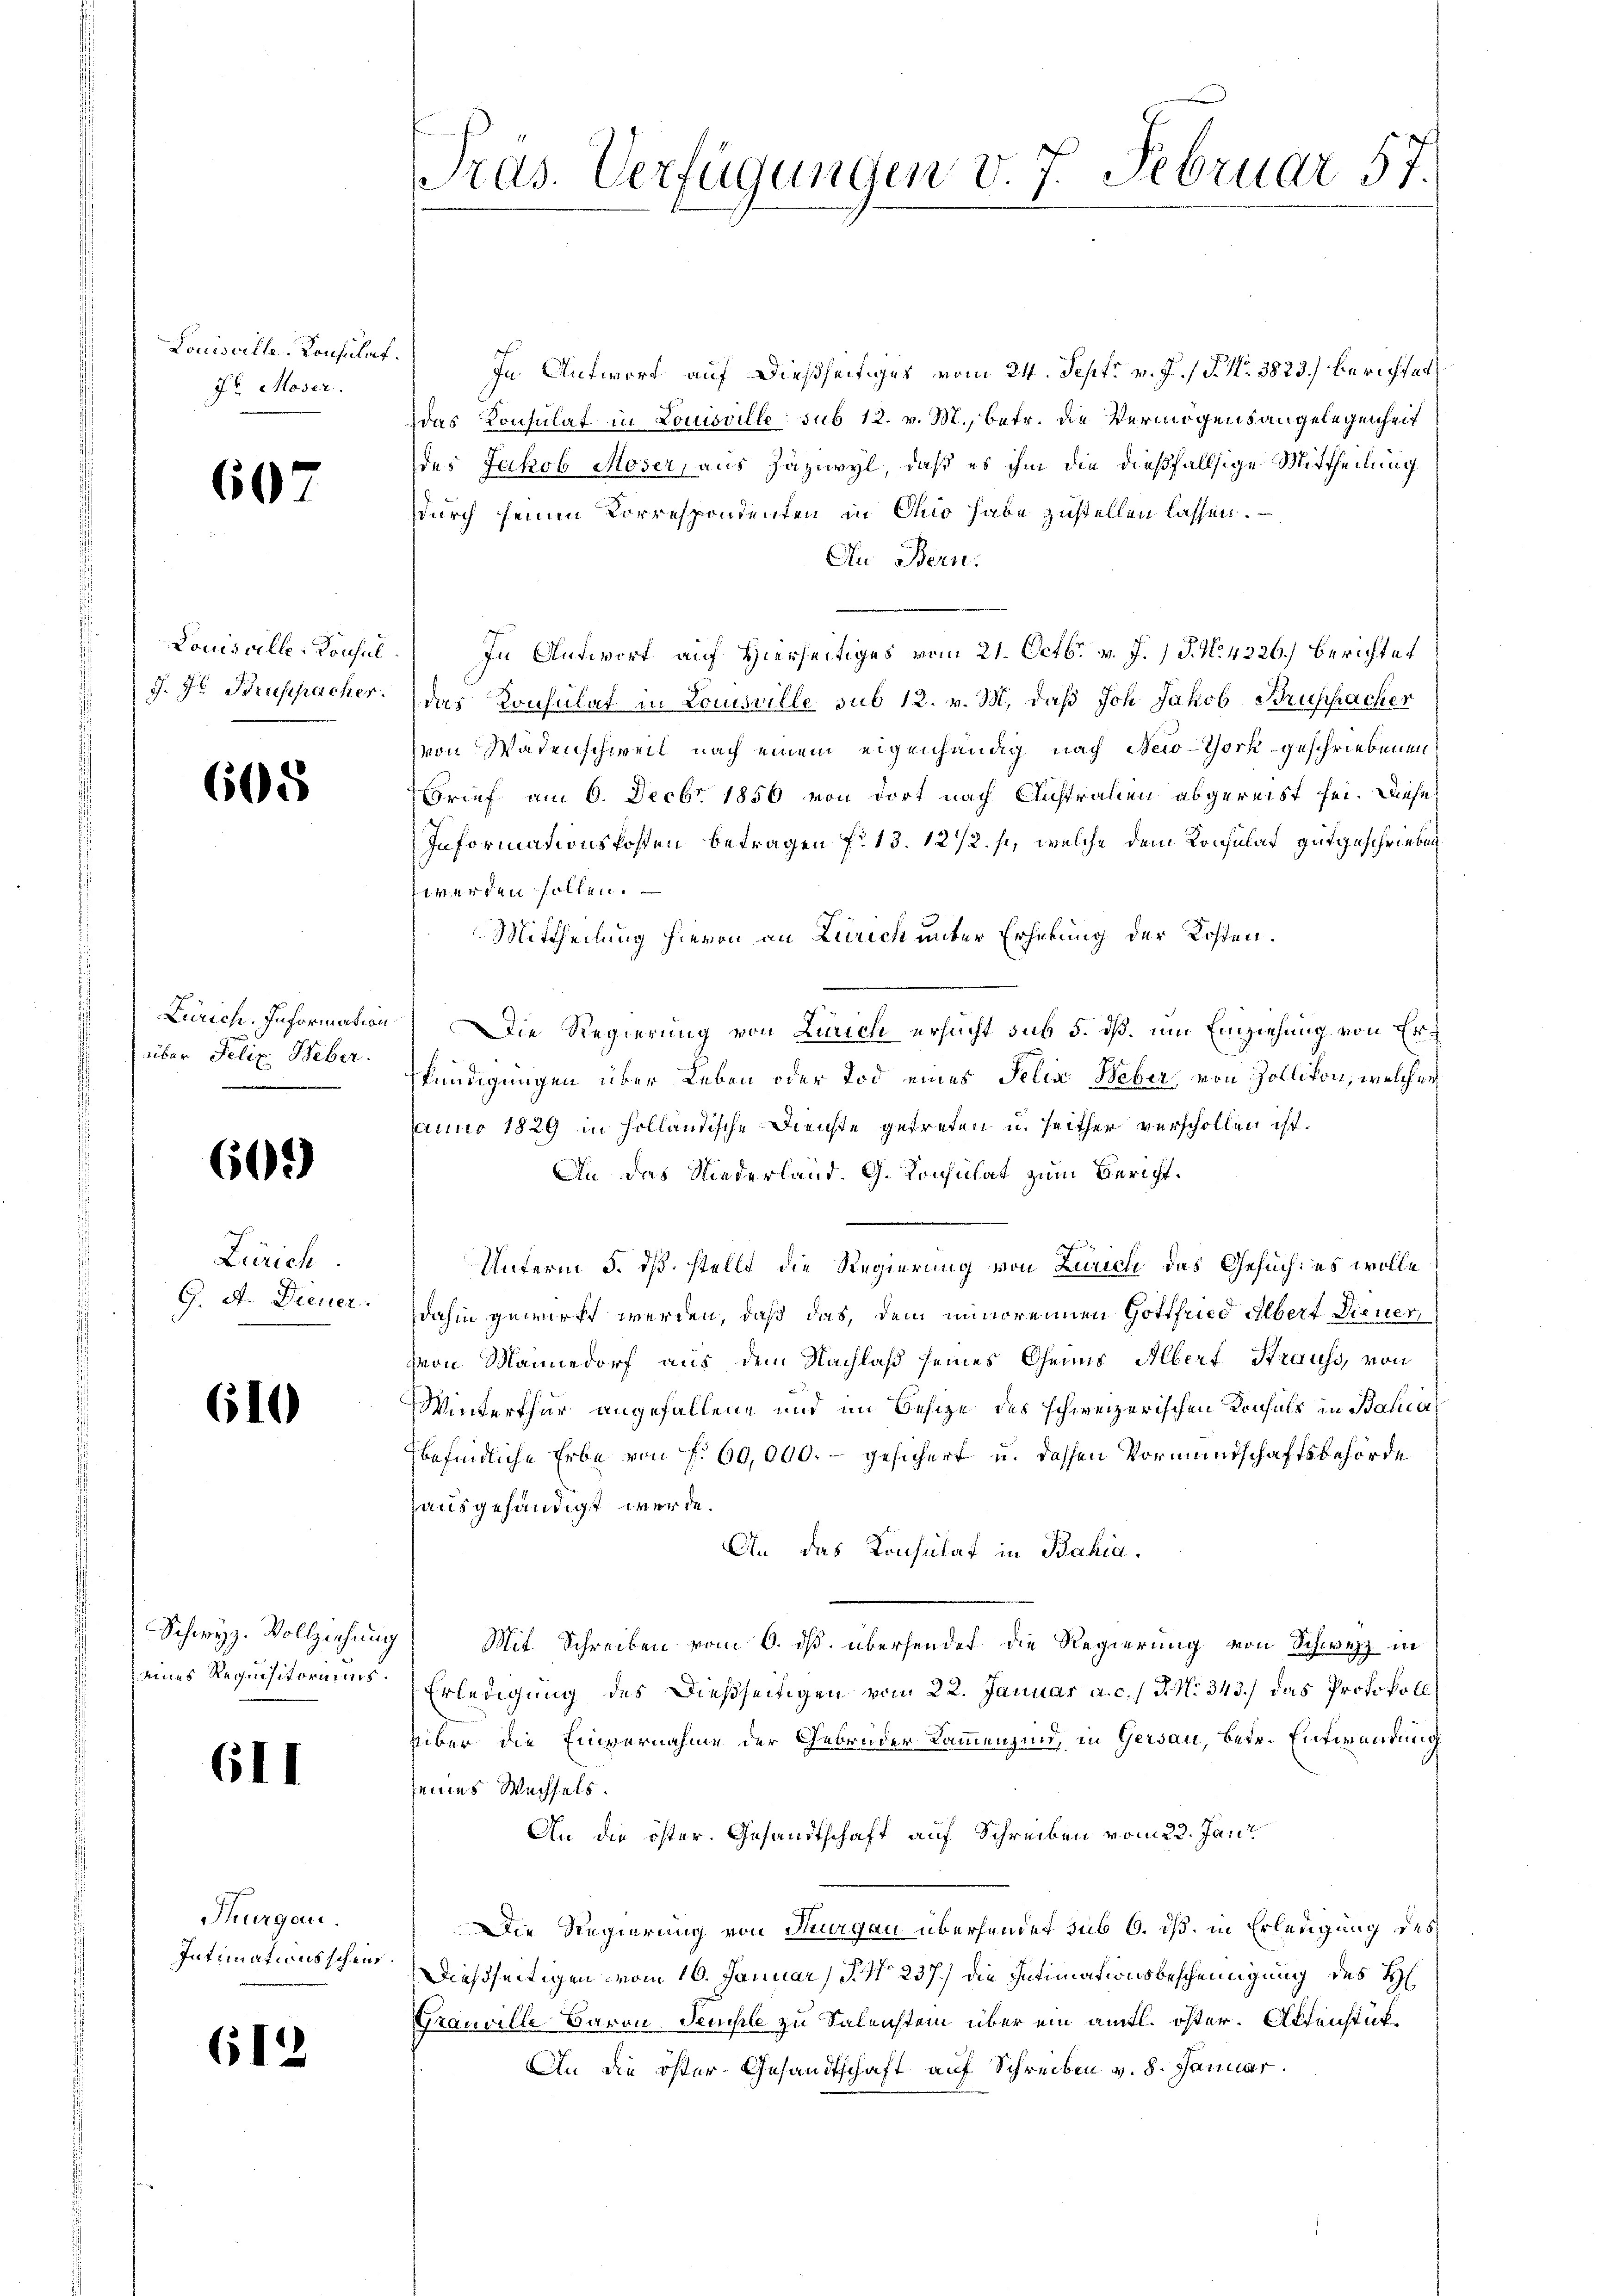
7t Moser.

6

Louisville-Konsul

605

über Felix Weber.

612)

Zürich
G. A. Diener.

610

eines Requisitoriums.

611

Thurgau.
Intimationsscheint.

61

.

Louisville. Konsulat. In Antwort auf dießseitiges vom 24. Sept. v. J. P. Nr. 3823) berichtet
das Konsulat in Louisville sub 12. v. M., betr. die Vermögensangelegenheit
des Jakob Moser, aus Zäziwyl, daß es ihm die dießfallsige Mittheilung
durch seinen Korrespondenten in Chio habe zustellen lassen.
Au Bern.
In Antwort auf Hierseitiges vom 21. Octbr. v. J. P. N. 4226.) Berichtet
J. J. Bruppacher. Das Konsulat in Louisville sub 12. v. M. daß Joh. Jakob Bruppacher
von Wädenschweil nach einem eigenhändig nach New-York geschriebenen
Brief am 6. Decbr. 1856 von dort nach Austrafen abgereist sei. Diese
Informationskosten Betragen No 13. 121/2. si, welche dem Konsulat gutgeschrieben
t werden sollen.
Mittheilung hievon an Zürich unter Erhebung der Kosten.
Zürich. Information) Die Regierung von Zürich ersucht sub 5. dß. um Einziehung von Erkündigungen über Leben oder Tod eines Felix Weber, von Zollikon, welcher
Janno 1829 in hollantische Dienste getreten u. seither verschollen ist.
An das Niederland. G. Konsulat zum Bericht¬
Unterm 5. ds. stellt die Regierung von Zürich das Gesuch: es wolle
dahin gewirkt werden, daß das, dem minorennen Gottfried Albert Diener
Hrn Mannedorf aus dem Nachlaß seines Genus Albert Strauss, von
Winterthur angefallene und im Besige des schweizerischen Konsuls in Bahna
befindliche Erbe von f. 60,000.- gesichert u. dessen Vormundschaftsbehörde
ausgehändigt werde.
An das Konsulat in Bahia
Schwyz. Vollziehung Mit Schreiben vom 6. ds. übersendet die Regierung von Schwyz in
Erledigung des dießseitigen vom 22. Januar a. c. J. N. 343.) das Protokoll
über die Einvernahme der Gebrüder Kammen sind, in Gersau, betr. Entwendung
seines Wechsels.
An die öster. Gesandtschaft auf Schreiben vom 23. Jani
Die Regierung von Thurgau überhander sub 6. dß in Erledigung des
Dießseitigen vom 16. Januar 5. No 237.) Die Intimationsbescheinigung des H
Grauville Baron Temple zu Salenstein über ein amtl. öster. Altenstük¬
An die öster-Gesandtschaft auf Schreiben v. 8. Januar.

Pras. Verfügungen v. 7. Februar 57.